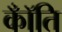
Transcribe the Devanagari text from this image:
कॉँति